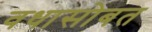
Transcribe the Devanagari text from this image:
वधासोबत